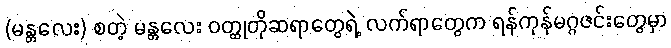
(မန္တလေး) စတဲ့ မန္တလေး ဝတ္ထုတိုဆရာတွေရဲ့ လက်ရာတွေက ရန်ကုန်မဂ္ဂဇင်းတွေမှာ